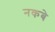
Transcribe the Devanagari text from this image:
नकबे